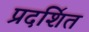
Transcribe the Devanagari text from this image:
प्रदशि॔त